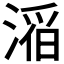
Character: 𪶴